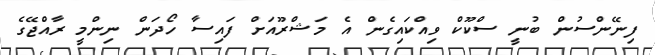
ފިނޭންސުން ބުނީ ސްކޫކް ވިއްކައިގެން އެ މަޝްރޫއަށް ފައިސާ ހޯދަން ނިންމީ ރާއްޖޭގެ